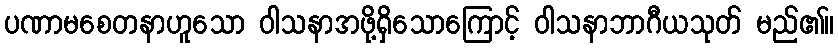
ပဏာမစေတနာဟူသော ဝါသနာအဖို့ရှိသောကြောင့် ဝါသနာဘာဂီယသုတ် မည်၏။